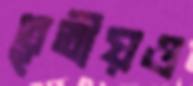
তৃতীয়ও